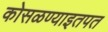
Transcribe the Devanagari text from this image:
कोसळण्याइतपत